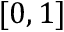
[ 0 , 1 ]